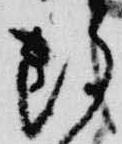
雖